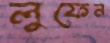
লুফেন